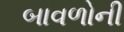
બાવળોની